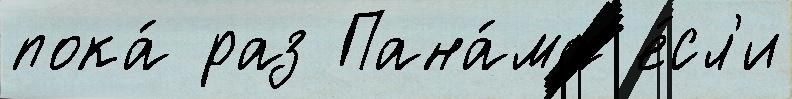
пока́ раз Пана́ма е́сл'и